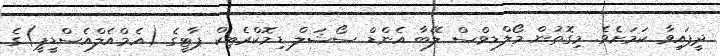
ދީފައިވާ ކަމަަށެވެ. މިގޮތުން މޯލްޑިވްސް ލޭބާ އެންޑް ސޯޝަލް ޑިމޮކްރެޓިކް ޕާޓީގެ (އެމްއެލްއެސްޑީޕީ)ގެ